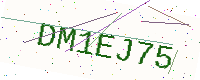
Text: DM1EJ75